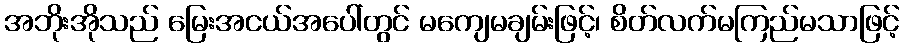
အဘိုးအိုသည် မြေးအငယ်အပေါ်တွင် မကျေမချမ်းဖြင့်၊ စိတ်လက်မကြည်မသာဖြင့်